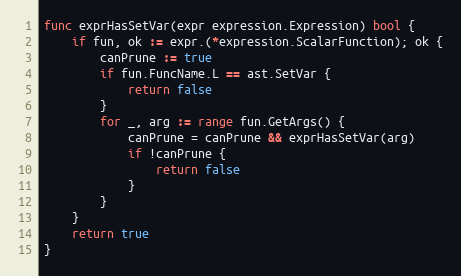
Language: Go
func exprHasSetVar(expr expression.Expression) bool {
	if fun, ok := expr.(*expression.ScalarFunction); ok {
		canPrune := true
		if fun.FuncName.L == ast.SetVar {
			return false
		}
		for _, arg := range fun.GetArgs() {
			canPrune = canPrune && exprHasSetVar(arg)
			if !canPrune {
				return false
			}
		}
	}
	return true
}